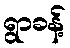
ရွာခန့်